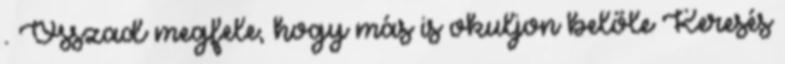
. Osszad megfele, hogy más is okuljon belőle Keresés